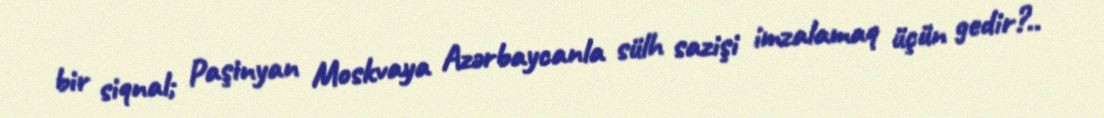
bir siqnal; Paşinyan Moskvaya Azərbaycanla sülh sazişi imzalamaq üçün gedir?..